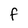
Character: f